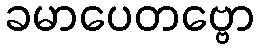
ခမာပေတဗ္ဗော